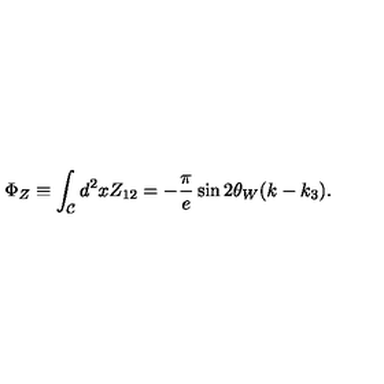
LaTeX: \Phi _ { Z } \equiv \int _ { \cal C } d ^ { 2 } x Z _ { 1 2 } = - \frac { \pi } { e } \sin 2 \theta _ { W } ( k - k _ { 3 } ) .